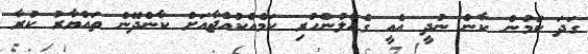
ގަދަ ކަމުން ކާން ނުދީ އެއީ ގެއްލުންހުރި ކަމެއްކުއްޖާއަށް ކާންދޭން ތައްޔާރު ކުރާ